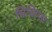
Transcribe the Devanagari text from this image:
चिचिण्डा